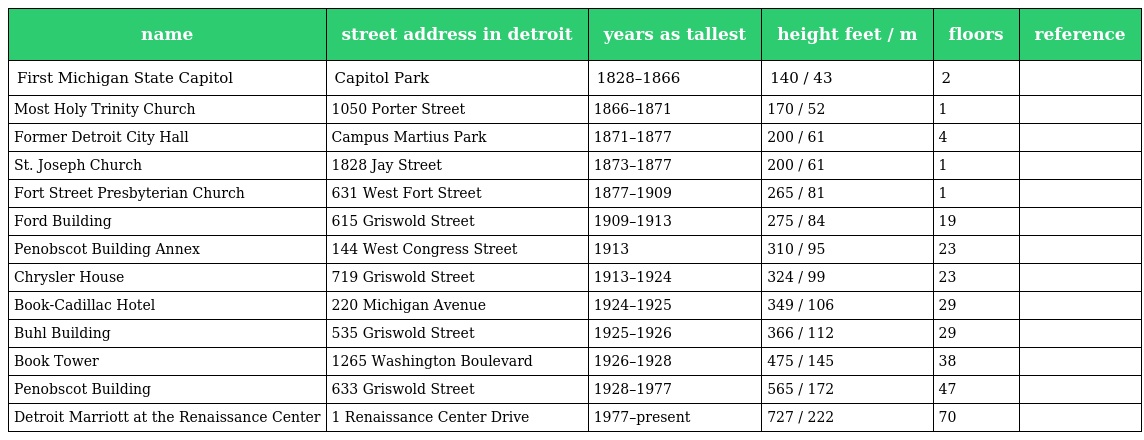
| name | street address in detroit | years as tallest | height feet / m | floors | reference |
 | --- | --- | --- | --- | --- | --- |
 | First Michigan State Capitol | Capitol Park | 1828–1866 | 140 / 43 | 2 |  |
 | Most Holy Trinity Church | 1050 Porter Street | 1866–1871 | 170 / 52 | 1 |  |
 | Former Detroit City Hall | Campus Martius Park | 1871–1877 | 200 / 61 | 4 |  |
 | St. Joseph Church | 1828 Jay Street | 1873–1877 | 200 / 61 | 1 |  |
 | Fort Street Presbyterian Church | 631 West Fort Street | 1877–1909 | 265 / 81 | 1 |  |
 | Ford Building | 615 Griswold Street | 1909–1913 | 275 / 84 | 19 |  |
 | Penobscot Building Annex | 144 West Congress Street | 1913 | 310 / 95 | 23 |  |
 | Chrysler House | 719 Griswold Street | 1913–1924 | 324 / 99 | 23 |  |
 | Book-Cadillac Hotel | 220 Michigan Avenue | 1924–1925 | 349 / 106 | 29 |  |
 | Buhl Building | 535 Griswold Street | 1925–1926 | 366 / 112 | 29 |  |
 | Book Tower | 1265 Washington Boulevard | 1926–1928 | 475 / 145 | 38 |  |
 | Penobscot Building | 633 Griswold Street | 1928–1977 | 565 / 172 | 47 |  |
 | Detroit Marriott at the Renaissance Center | 1 Renaissance Center Drive | 1977–present | 727 / 222 | 70 |  |